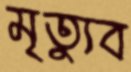
মৃত্যুব